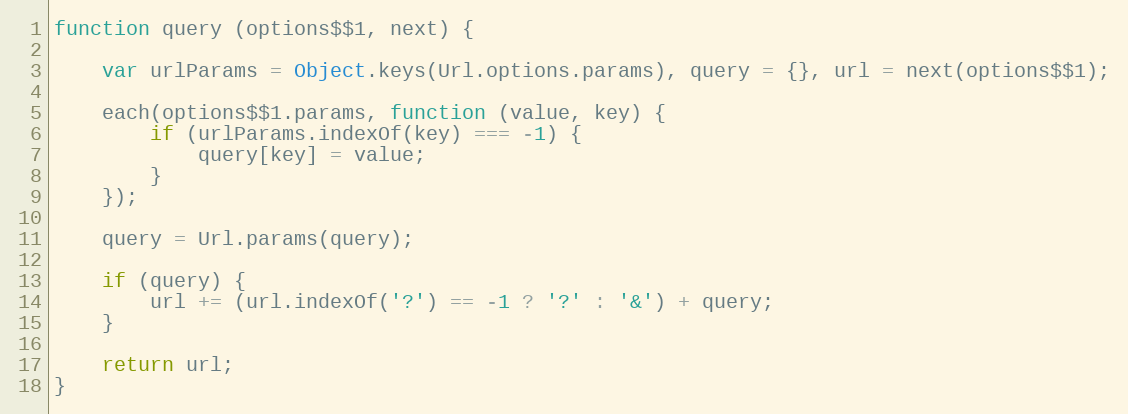
Language: JavaScript
function query (options$$1, next) {

    var urlParams = Object.keys(Url.options.params), query = {}, url = next(options$$1);

    each(options$$1.params, function (value, key) {
        if (urlParams.indexOf(key) === -1) {
            query[key] = value;
        }
    });

    query = Url.params(query);

    if (query) {
        url += (url.indexOf('?') == -1 ? '?' : '&') + query;
    }

    return url;
}